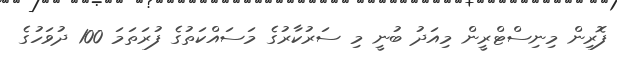
ފޮރިން މިނިސްޓްރީން މިއަދު ބުނީ މި ސަރުކާރުގެ މަސައްކަތުގެ ފުރަތަމަ 100 ދުވަހުގެ